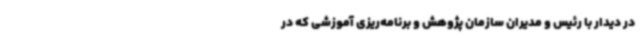
در دیدار با رئیس و مدیران سازمان پژوهش و برنامه‌ریزی آموزشی که در